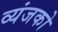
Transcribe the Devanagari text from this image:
व्यंजको